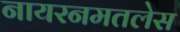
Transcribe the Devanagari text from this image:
नायरनमतलेस